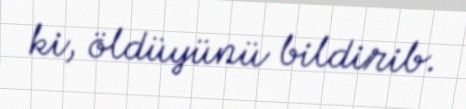
ki, öldüyünü bildirib.